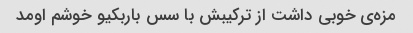
مزه‌ی خوبی داشت از ترکیبش با سس باربکیو خوشم اومد